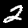
Label: 2